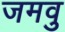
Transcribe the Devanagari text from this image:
जमवु